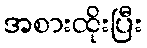
အစားထိုးပြီး